Report on horse surra - Volume I
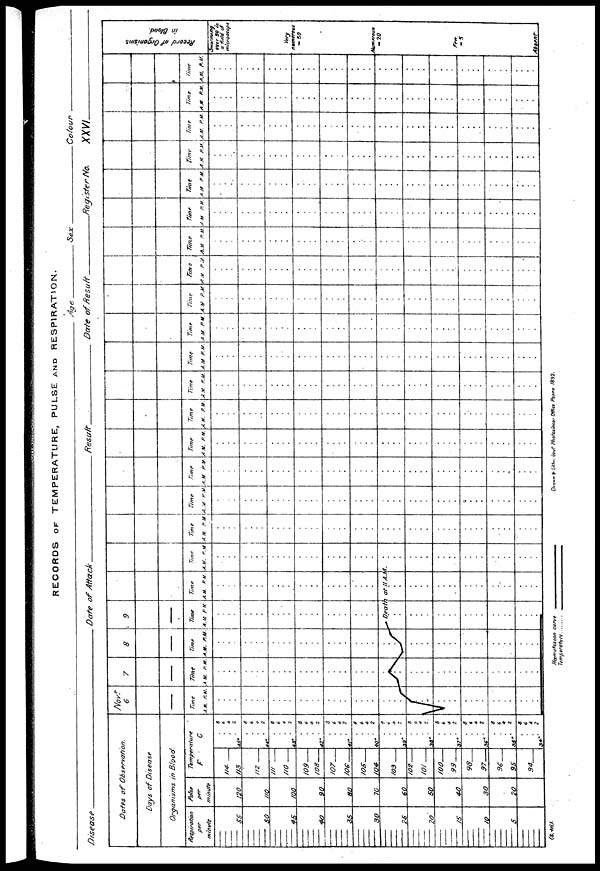
RECORDS OF TEMPERATURE, PULSE AND RESPIRATION,